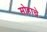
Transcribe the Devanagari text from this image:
सोहाचे